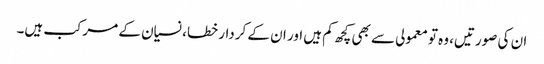
ان کی صورتیں، وہ تو معمولی سے بھی کچھ کم ہیں اور ان کے کردار خطا، نسیان کے مرکب ہیں۔